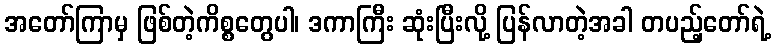
အတော်ကြာမှ ဖြစ်တဲ့ကိစ္စတွေပါ၊ ဒကာကြီး ဆုံးပြီးလို့ ပြန်လာတဲ့အခါ တပည့်တော်ရဲ့